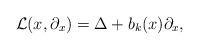
LaTeX: \begin{align*} {\mathcal L}(x,\partial_x)=\Delta + b_k(x)\partial_x, \end{align*}